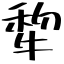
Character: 犂